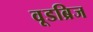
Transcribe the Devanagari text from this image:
वूडब्रिज